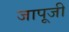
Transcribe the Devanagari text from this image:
जापूजी